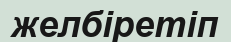
желбіретіп